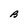
Character: B